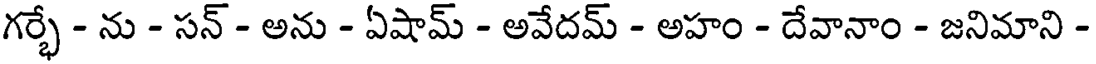
గర్భే - ను - సన్ - అను - ఏషామ్ - అవేదమ్ - అహం - దేవానాం - జనిమాని -